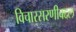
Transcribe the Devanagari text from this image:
विचारसरणीबद्दल